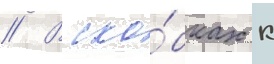
// В ско́бках к